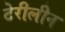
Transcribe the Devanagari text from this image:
टेरीलीन